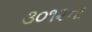
૩૦૧૨ના